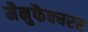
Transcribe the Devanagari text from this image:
मैनुफैक्चरर